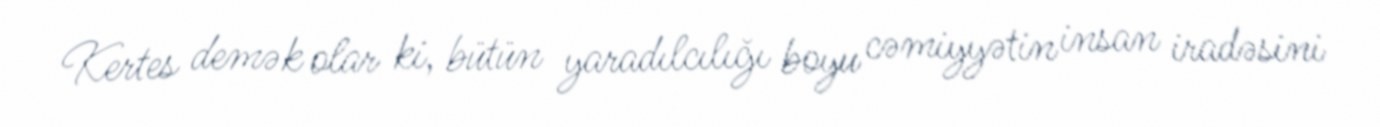
Kertes demək olar ki, bütün yaradılcılığı boyu cəmiyyətin insan iradəsini